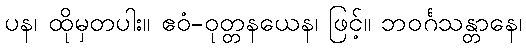
ပန၊ ထိုမှတပါး။ ဧဝံ-ဝုတ္တနယေန၊ ဖြင့်။ ဘဝင်္ဂသန္တာနေ၊